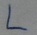
Text: L